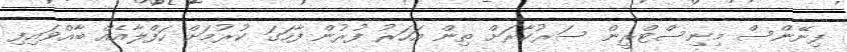
ފިނޭންސް މިނިސްޓްރީން ސަރުކާރަށް ތިން އަހަރު ފުރުން ފާހަގަ ކުރުމަށް ހަފްލާއެއް ބާއްވައިފި